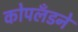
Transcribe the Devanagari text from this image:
कोपलँडने